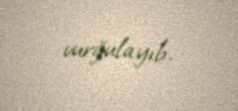
vurğulayıb.